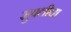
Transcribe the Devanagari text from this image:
सुपलीचा